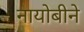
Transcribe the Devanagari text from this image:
नायोबीने